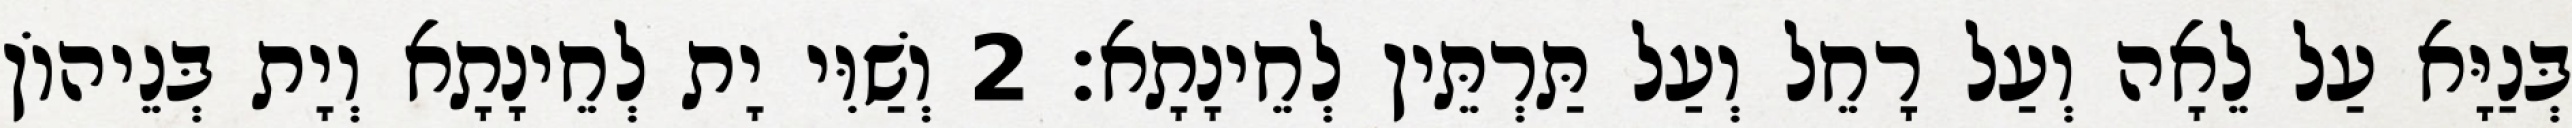
בְּנַיָּא עַל לֵאָה וְעַל רָחֵל וְעַל תַּרְתֵּין לְחֵינָתָא׃ 2 וְשַׁוִּי יָת לְחֵינָתָא וְיָת בְּנֵיהוֹן